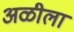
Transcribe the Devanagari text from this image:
अळीला